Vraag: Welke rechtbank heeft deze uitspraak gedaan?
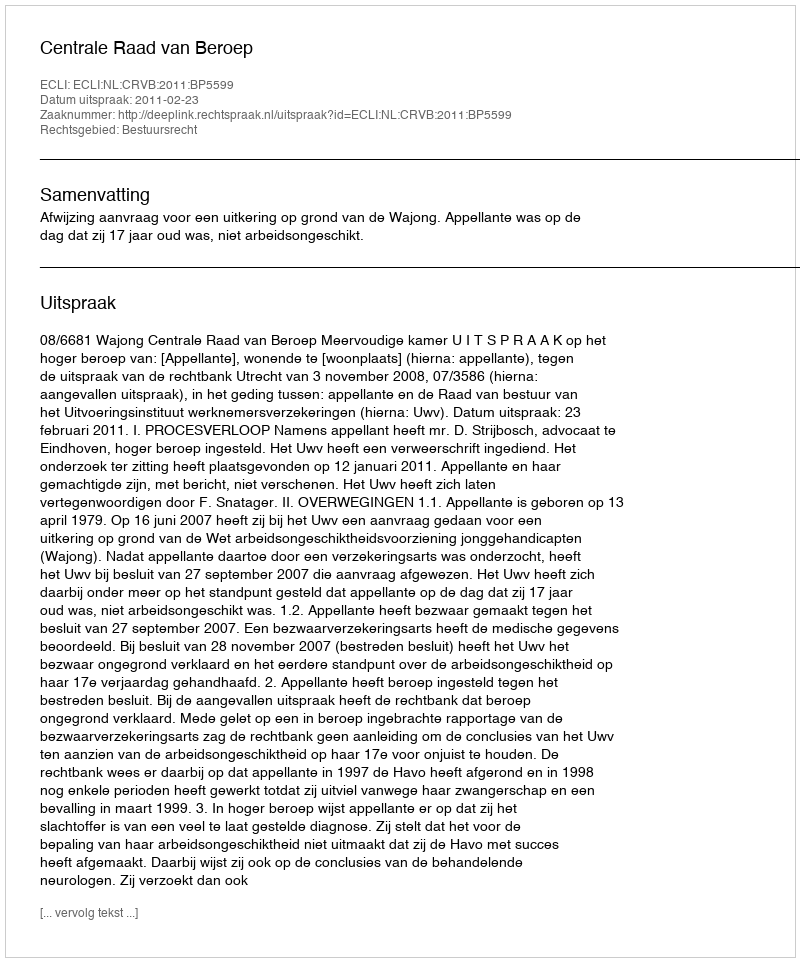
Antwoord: Centrale Raad van Beroep